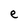
Character: e